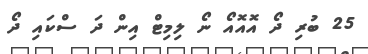
25 ބުރި ދޯ އޮއޮއޯ ނޯ ލިމިޓް އިން ދަ ސްކައި ދޯ